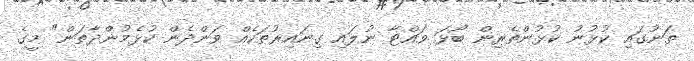
ތަނުގައި ކުޅުނު ކުޅުންތެރިން ބޯޅަ ވައްޓާ ނުލައި ގިނައިރުތަކެއް ވަންދެން ކުޅެމުންދާތަން" މީގެ